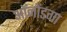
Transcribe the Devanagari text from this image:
ऑनोंडगा